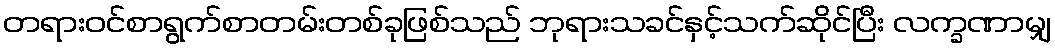
တရားဝင်စာရွက်စာတမ်းတစ်ခုဖြစ်သည် ဘုရားသခင်နှင့်သက်ဆိုင်ပြီး လက္ခဏာမျှ